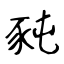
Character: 豘